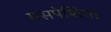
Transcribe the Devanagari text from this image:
मसपेशिया